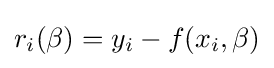
r_{i}(\beta )=y_{i}-f(x_{i},\beta )